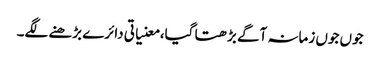
جوں جوں زمانہ آگے بڑھتا گیا، معنیاتی دائرے بڑھنے لگے۔